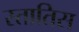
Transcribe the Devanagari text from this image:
स्तातिस